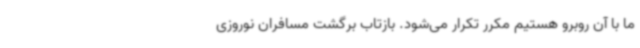
ما با آن روبرو هستیم مکرر تکرار می‌شود. بازتاب برگشت مسافران نوروزی